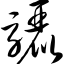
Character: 骊